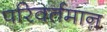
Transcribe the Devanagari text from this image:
परिवर्तमान